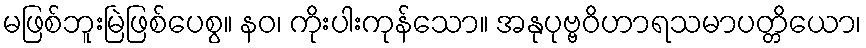
မဖြစ်ဘူးမြဲဖြစ်ပေစွ။ နဝ၊ ကိုးပါးကုန်သော။ အနုပုဗ္ဗဝိဟာရသမာပတ္တိယော၊